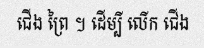
ជើង ព្រៃ ។ ដើម្បី លើក ជើង